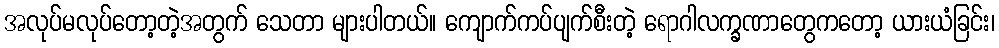
အလုပ်မလုပ်တော့တဲ့အတွက် သေတာ များပါတယ်။ ကျောက်ကပ်ပျက်စီးတဲ့ ရောဂါလက္ခဏာတွေကတော့ ယားယံခြင်း၊